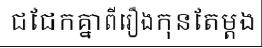
ជជែកគ្នាពីរឿងកុនតែម្តង